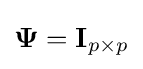
\mathbf {\Psi } =\mathbf {I} _{p\times p}